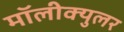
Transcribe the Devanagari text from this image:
मॉलीक्युलर